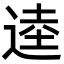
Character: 逵